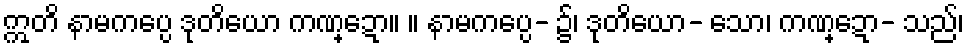
ဣတိ နာမကပ္ပေ ဒုတိယော ကဏ္ဍော။ ။ နာမကပ္ပေ- ၌၊ ဒုတိယော- သော၊ ကဏ္ဍော- သည်၊